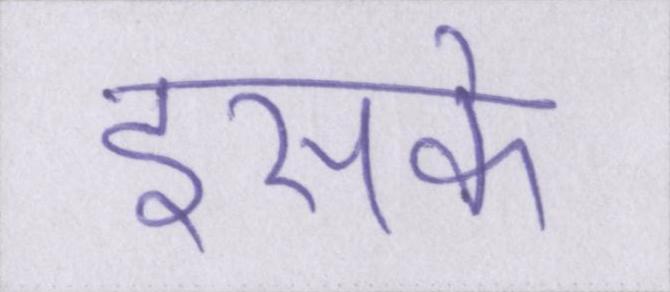
इसके